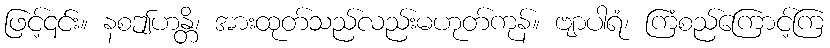
ဖြင့်၎င်း။ နစဤဟန္တိ၊ အားထုတ်သည်လည်းမဟုတ်ကုန်။ ဗျာပါရံ၊ ကြံစည်ကြောင့်ကြ